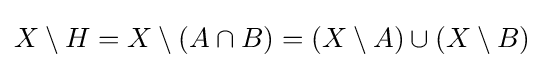
X\setminus H=X\setminus (A\cap B)=(X\setminus A)\cup (X\setminus B)